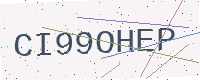
Text: CI99OHEP